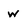
Character: w